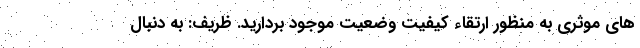
های موثری به منظور ارتقاء کیفیت وضعیت موجود بردارید. ظریف: به دنبال